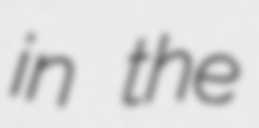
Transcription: in the